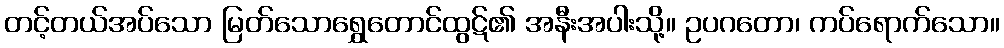
တင့်တယ်အပ်သော မြတ်သောရွှေတောင်ထွဋ်၏ အနီးအပါးသို့။ ဥပဂတော၊ ကပ်ရောက်သော။